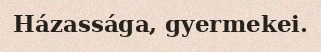
Házassága, gyermekei.